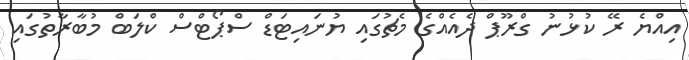
އިއްޔެ ރޭ ކުޅުނު ގްރޫޕް ދެއެއްގެ މެޗުގައި ޔުނައިޓަޑް ސްޕޯޓްސް ކްލަބް މުބާރާތުގައި